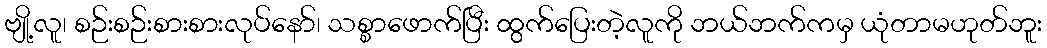
ဗျို့လူ၊ စဉ်းစဉ်းစားစားလုပ်နော်၊ သစ္စာဖောက်ပြီး ထွက်ပြေးတဲ့လူကို ဘယ်ဘက်ကမှ ယုံတာမဟုတ်ဘူး